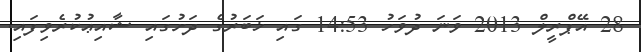
28 އޭޕްރީލް 2013 ވަނަ ދުވަހު 14:53 ގައި ޚަބަރުގެ ދަށުގައި ޝާއިޢުކުރެވިފައި.